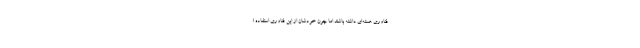
فناوری هسته‌ای داشته باشند اما چون خودشان از این فناوری استفاده (